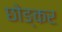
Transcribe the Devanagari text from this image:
छोङ्कर